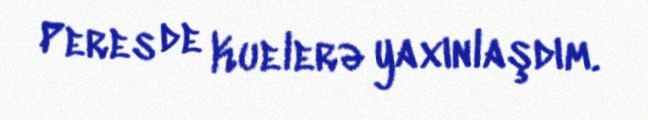
Peres de Kuelerə yaxınlaşdım.